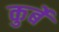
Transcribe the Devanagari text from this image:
कुर्बे